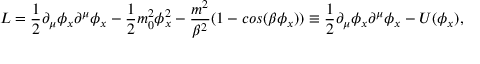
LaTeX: { \cal L } = { \frac { 1 } { 2 } } \partial _ { \mu } \phi _ { x } \partial ^ { \mu } \phi _ { x } - { \frac { 1 } { 2 } } m _ { 0 } ^ { 2 } \phi _ { x } ^ { 2 } - { \frac { m ^ { 2 } } { \beta ^ { 2 } } } ( 1 - c o s ( \beta \phi _ { x } ) ) \equiv { \frac { 1 } { 2 } } \partial _ { \mu } \phi _ { x } \partial ^ { \mu } \phi _ { x } - U ( \phi _ { x } ) ,